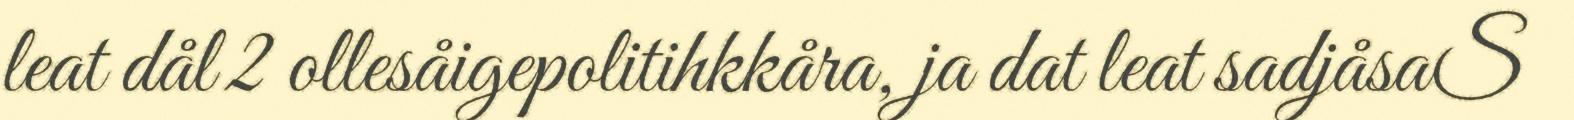
leat dål 2 ollesåigepolitihkkåra, ja dat leat sadjåsaS